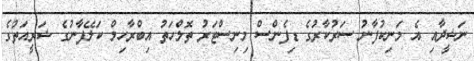
ނަޝީދާއި އެ މަނިކުފާނު ސަރުކާރުގެ ޑިފެންސް މިނިސްޓަރު ތޮލްހަތު އިބްރާހިމް ކަލޭފާނުގެ ޝަރީއަތުގެ